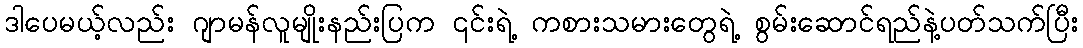
ဒါပေမယ့်လည်း ဂျာမန်လူမျိုးနည်းပြက ၎င်းရဲ့ ကစားသမားတွေရဲ့ စွမ်းဆောင်ရည်နဲ့ပတ်သက်ပြီး